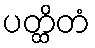
ပတ္ထိတံ